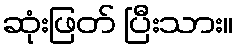
ဆုံးဖြတ် ပြီးသား။